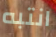
انتبه